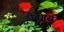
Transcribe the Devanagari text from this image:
डीबगर्स